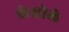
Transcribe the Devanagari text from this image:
लेसोले